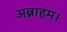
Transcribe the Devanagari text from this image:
अब्राहम।